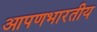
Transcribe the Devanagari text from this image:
आपणभारतीय